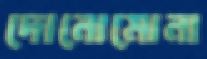
দোনোমোনা